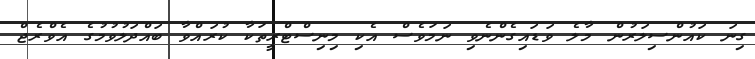
ގިނަ ކައުންސިލަރުން މާލެ ވަޑައިގެންނެވި ނަމަވެސް އެކި މިނިސްޓްރީތަކާ ކުރައްވާ ބައްދަލުވުމުގެ އެވްރެޖް